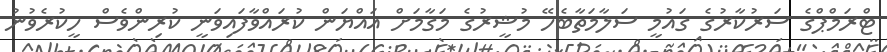
ޓްރަމްޕްގެ ސަރުކާރުގެ ގައުމީ ސަލާމަތާބެހޭ މުޝީރުގެ މަގާމަށް އައްޔަން ކުރައްވާފައިވަނީ ކުރިންވެސް ހީކުރެވުނު